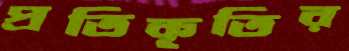
প্রতিকৃতির